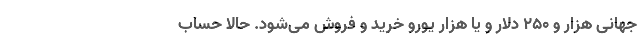
جهانی هزار و ۲۵۰ دلار و یا هزار یورو خرید و فروش می‌شود. حالا حساب